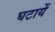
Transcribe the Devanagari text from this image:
घटायें